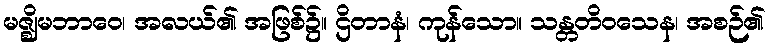
မဇ္ဈိမဘာဝေ၊ အလယ်၏ အဖြစ်၌။ ဌိတာနံ၊ ကုန်သော။ သန္တတိဝသေန၊ အစဉ်၏